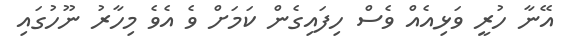
އޭނާ ހުރީ ވަޅިއެއް ވެސް ހިފައިގެން ކަމަށް ވެ އެވެ މިހާރު ނޫހުގައި